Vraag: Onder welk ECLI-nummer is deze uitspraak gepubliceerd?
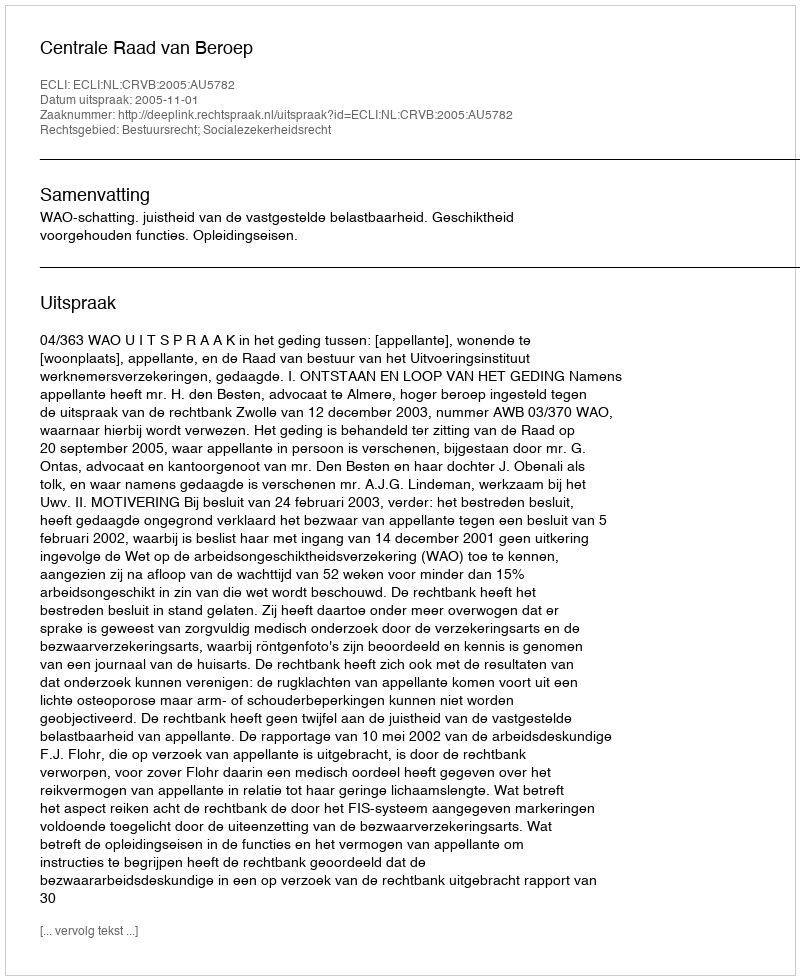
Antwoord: ECLI:NL:CRVB:2005:AU5782